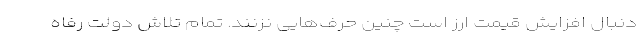
دنبال افزایش قیمت ارز است چنین حرف‌هایی نزنند. تمام تلاش دولت رفاه